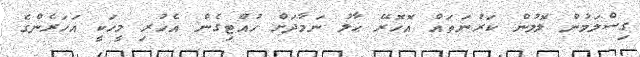
ގިސްލަމުން ލޮލުން ކަރުނަތައް އޮހޮރޭ ޙާލު ނަމާދަށް ހުއްޓިގެން އެހުރި މީހަކީ އަހަރެންގެ